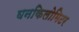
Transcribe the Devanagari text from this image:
घनकिलोमिटर